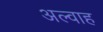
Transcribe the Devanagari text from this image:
अल्वाह